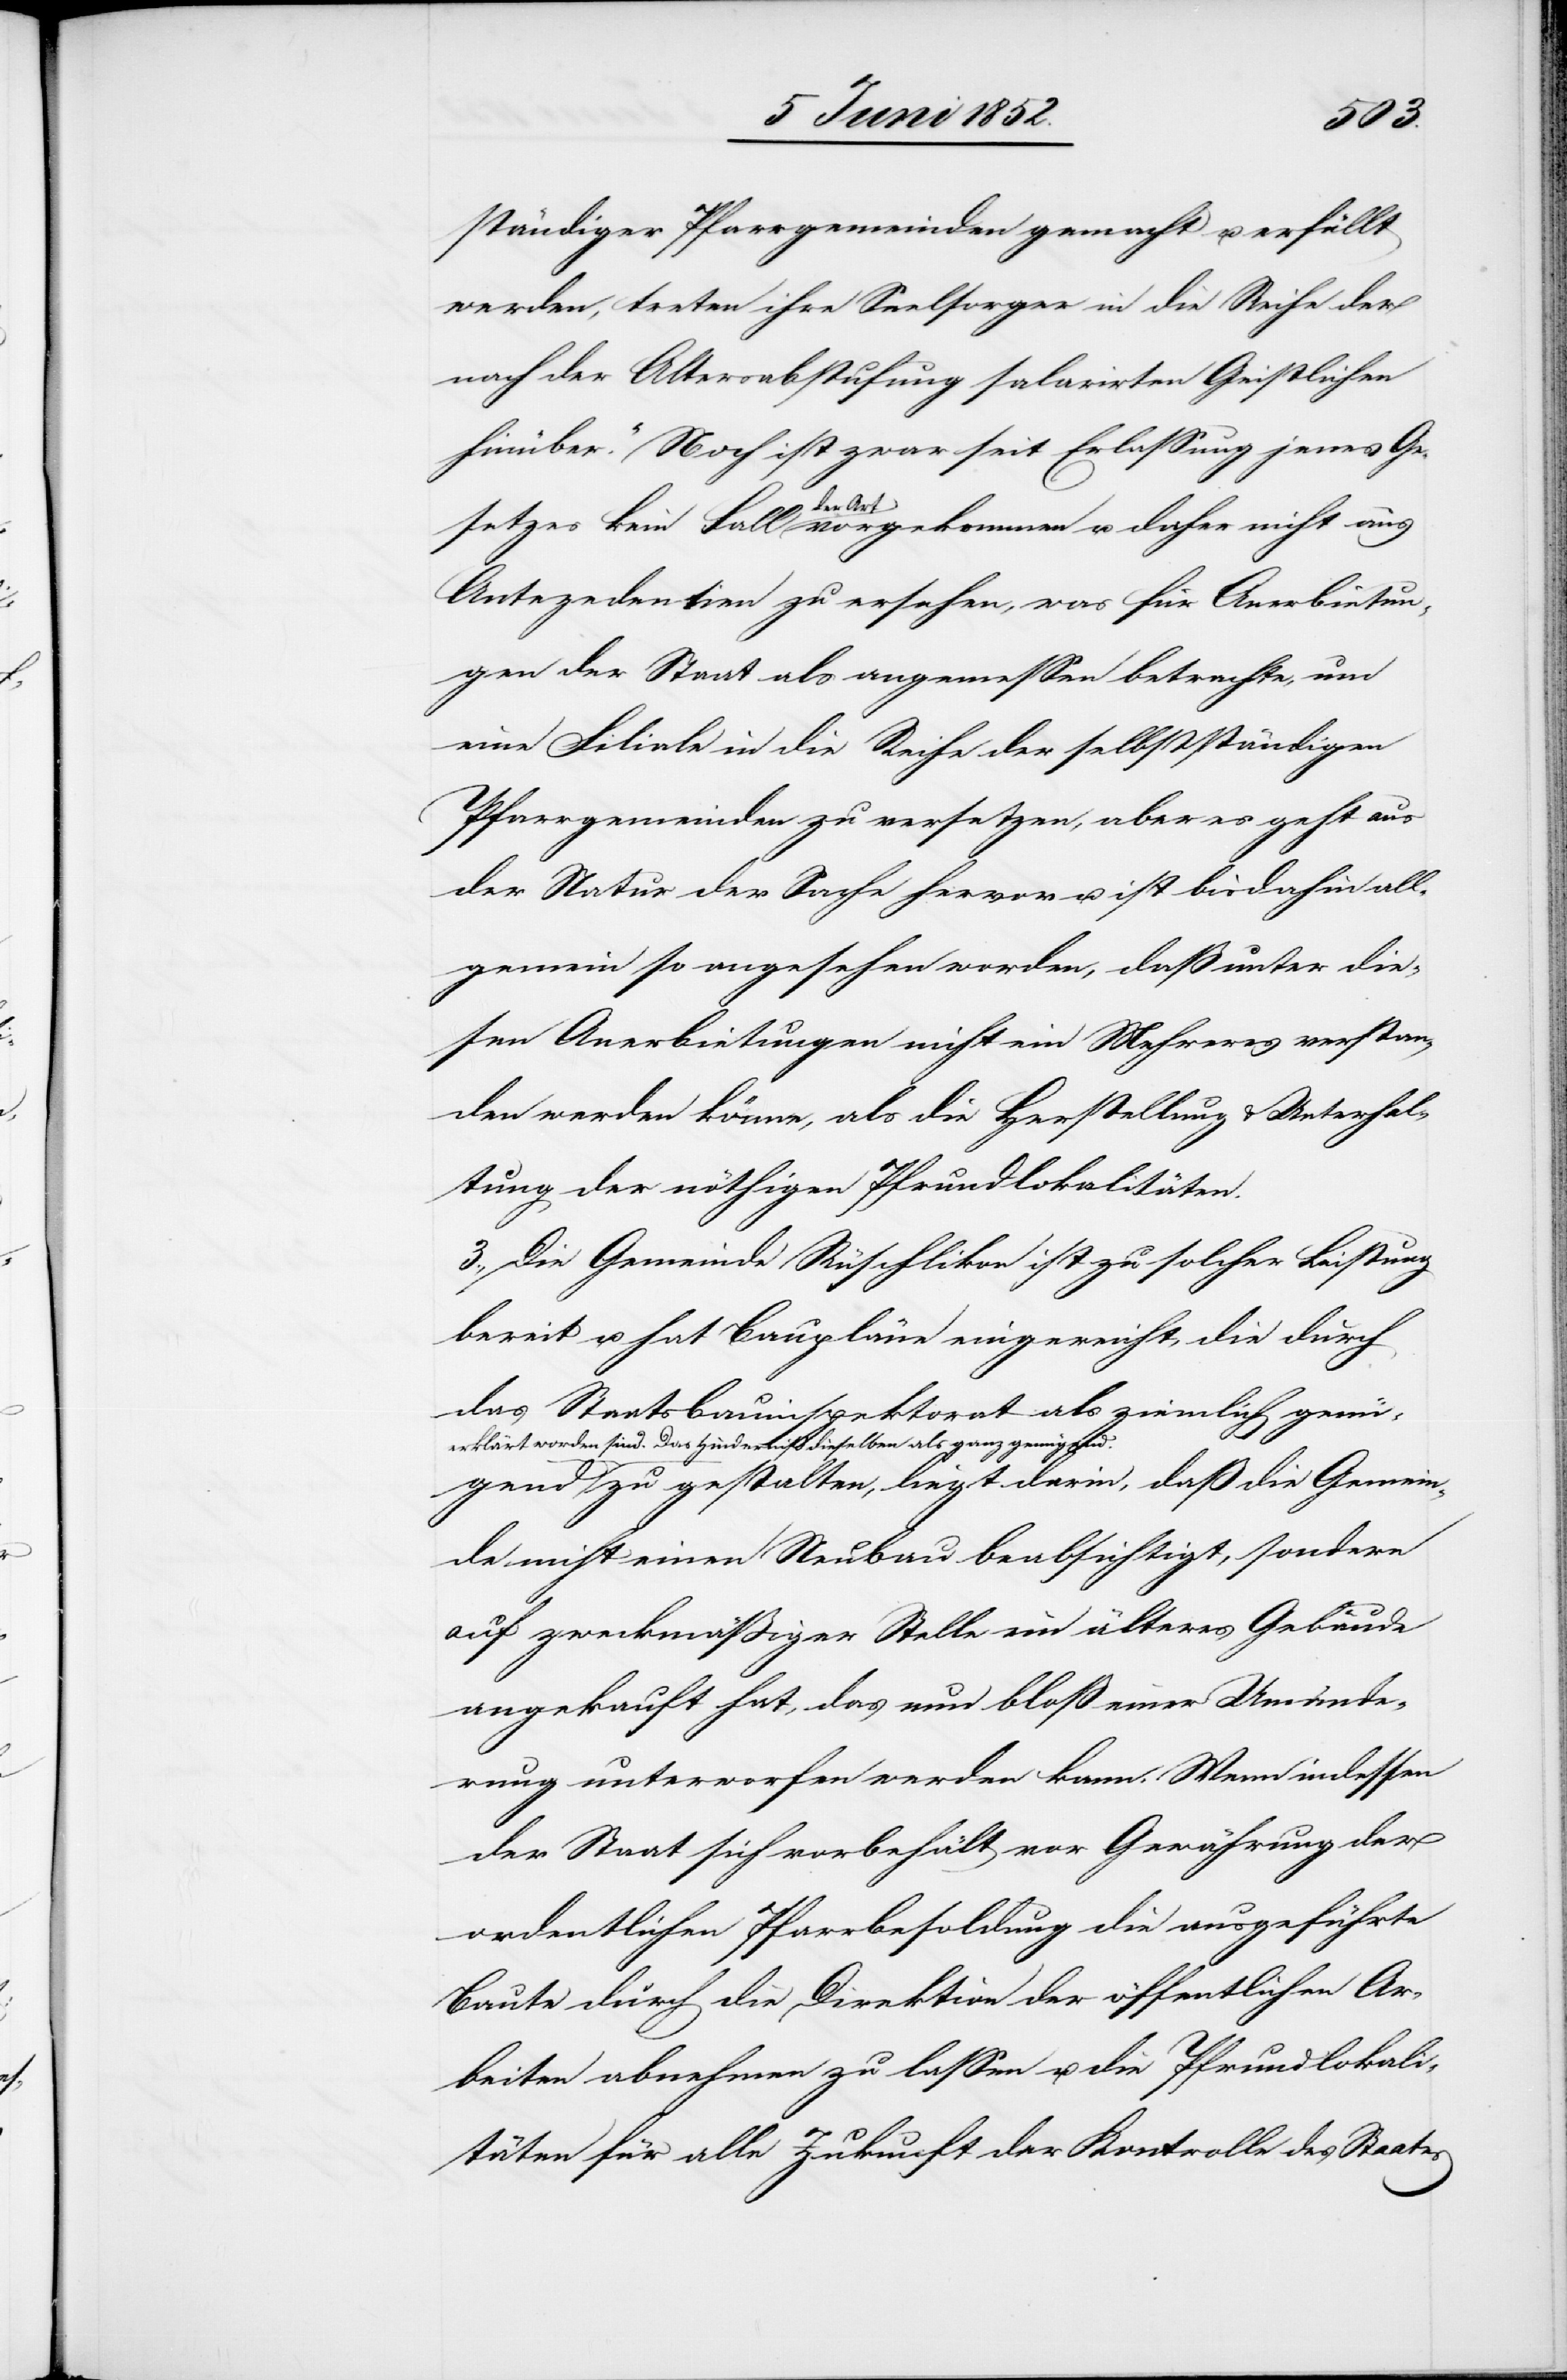
gend
ständiger Pfarrgemeinden gemacht u. erfüllt
werden, treten ihre Seelsorger in die Reihe der
nach der Altersabstufung salarirten Geistlichen
hinüber.“ Noch ist zwar seit Erlassung jenes Ge¬
setzes kein Fall der Art vorgekommen u. daher nicht aus
Antezedentien zu ersehen, was für Anerbietun¬
gen der Staat als angemessen betrachte, um
eine Filiale in die Reihe der selbstständigen
Pfarrgemeinden zu versetzen, aber es geht aus
der Natur der Sache hervor u. ist bisdahin all¬
gemein so angesehen worden, daß unter die¬
sen Anerbietungen nicht ein Mehreres verstan¬
den werden könne, als die Herstellung & Unterhal¬
tung der nöthigen Pfrundlokalitäten.
3., Die Gemeinde Rüschlikon ist zu solcher Leistung
bereit u. hat Baupläne eingereicht, die durch
das Staatsbauinspektorat als ziemlich genü¬
erklärt worden sind. Das Hinderniß dieselben als ganz genü¬
gend zu gestalten, liegt darin, daß die Gemein¬
de nicht einen Neubau beabsichtigt, sondern
auf zweckmässiger Stelle ein älteres Gebäude
angekauft hat, das nun bloss einer Umände¬
rung unterworfen werden kann. Wenn indessen
der Staat sich vorbehält vor Gewährung der
ordentlichen Pfarrbesoldung die ausgeführte
Baute durch die Direktion der öffentlichen Ar¬
beiten abnehmen zu lassen u. die Pfrundlokali¬
täten für alle Zukunft der Kontrolle des Staates